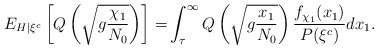
\begin{align*}\displaystyle E_{H\vert\xi^{c}}\left[Q\left(\sqrt{g\frac{\chi_{1}}{N_{0}}}\right)\right]=&\int_{\tau}^{\infty} Q \left(\sqrt{g\frac{x_{1}}{N_{0}}}\right) \dfrac{f_{\chi_1}(x_1)}{P(\xi^{c})} dx_1.\end{align*}